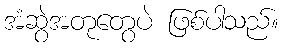
အံဆွဲအတုတွေပဲ ဖြစ်ပါသည်။